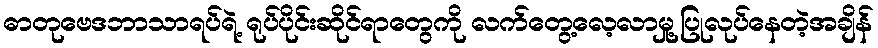
ဓာတုဗေဒဘာသာရပ်ရဲ့ ရုပ်ပိုင်းဆိုင်ရာတွေကို လက်တွေ့လေ့လာမှု့ပြုလုပ်နေတဲ့အချိန်